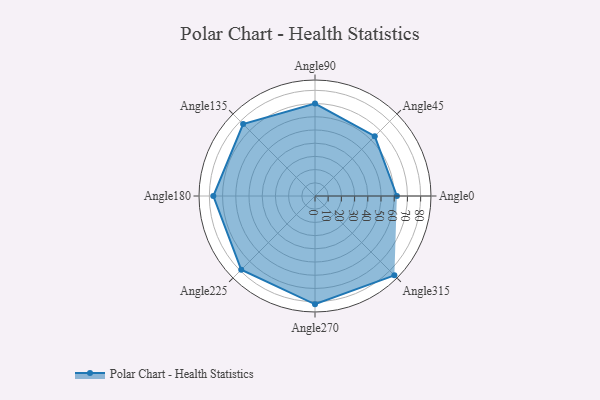
{"axis": {"x": "Angle", "y": "Radius"}, "legend": [""], "data": [{"x": "Angle0", "y": 62.0, "type": ""}, {"x": "Angle45", "y": 64.0, "type": ""}, {"x": "Angle90", "y": 70.0, "type": ""}, {"x": "Angle135", "y": 77.0, "type": ""}, {"x": "Angle180", "y": 77.0, "type": ""}, {"x": "Angle225", "y": 79.0, "type": ""}, {"x": "Angle270", "y": 82.0, "type": ""}, {"x": "Angle315", "y": 85.0, "type": ""}]}